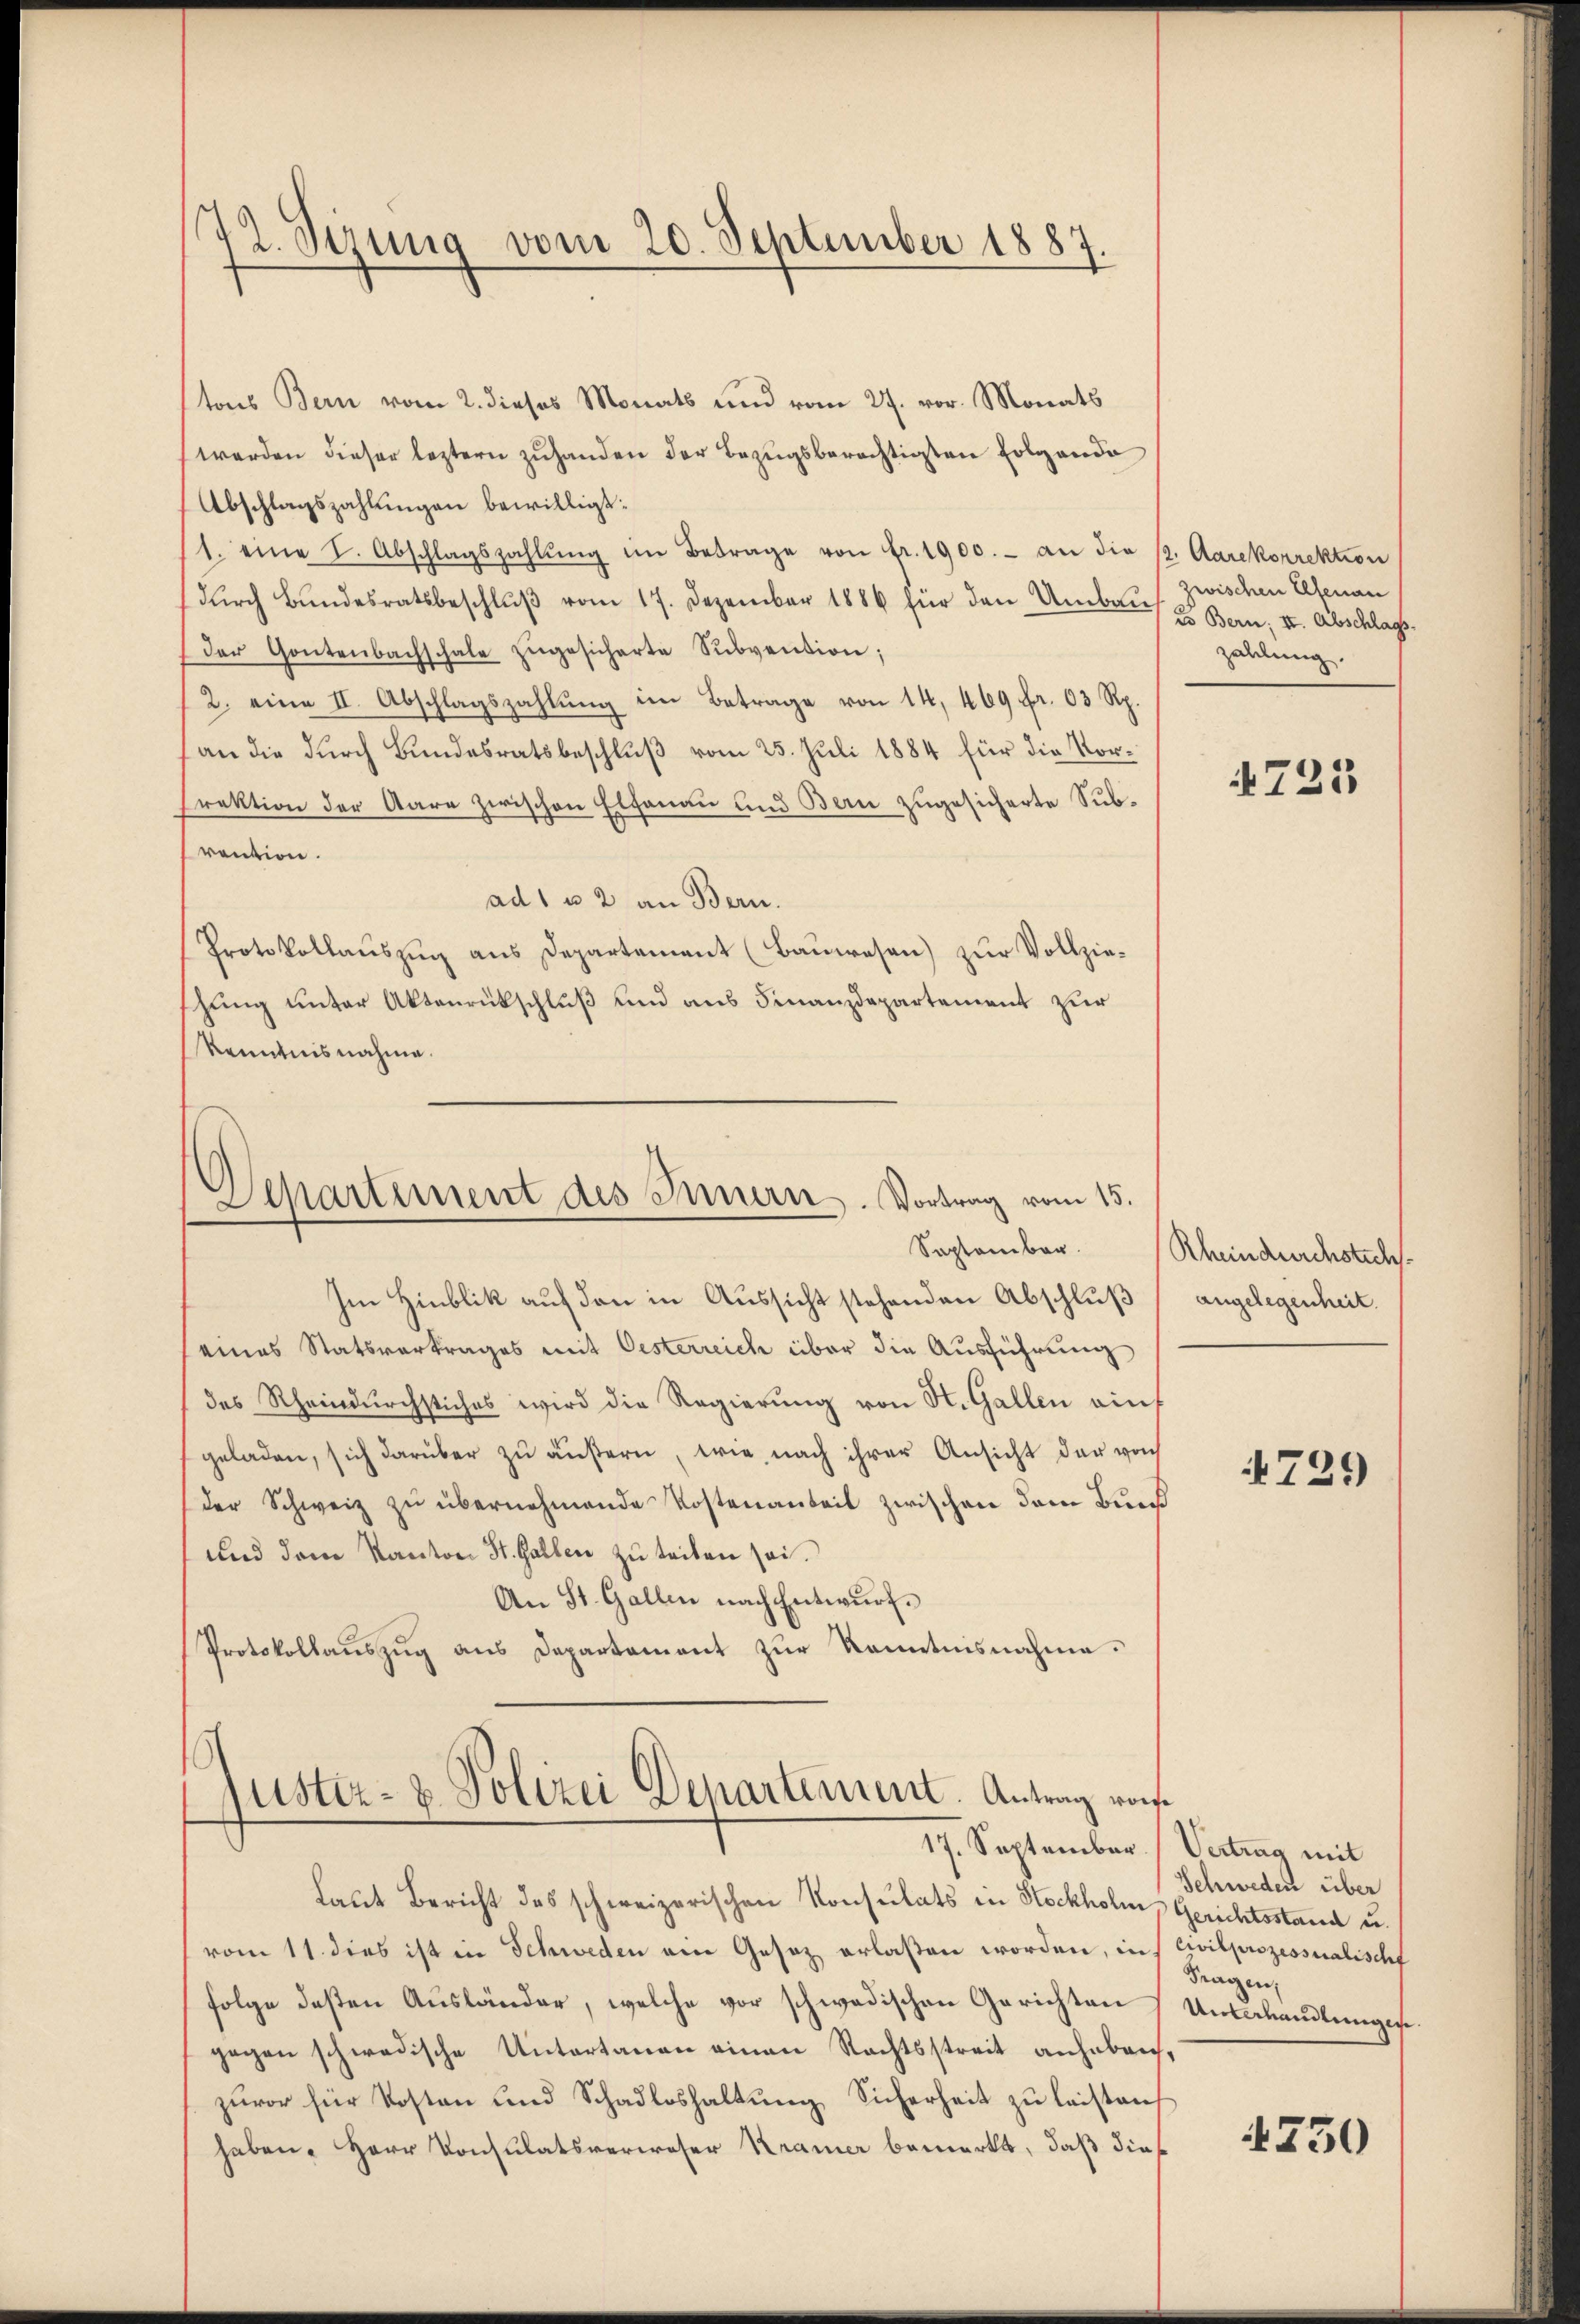
72. Sezung vom 20. September 1887.

tons Bern vom 2. dieses Monats und vom 27. vor. Monats
werden dieser leztern zuhanden der Bezugsberechtigten Folgende
Abschlagszahlungen bewilligt:
1. eine I. Abschlagszahlŭng im Betrage von Fr. 1900.- an die s. Aarekorrektion
dŭrch Bundesratsbeschlŭβ vom 17. Dezember 1886 für den Umbau
der Gontenbachschale zugesicherte Subvention;
2. eine II. Abschlagszahlŭng im Betrage von 14, 469 fr. 03 Rp.
(an die durch Bundesratsbeschluß vom 25. Juli 1884 für die Vor¬
Frektion der Aare zwischen Elhanau und Bern zugesicherte Subvention.
ad1 u 2 an Bern.
Protokollaŭszŭg ans Departement (Baŭwesen) zŭr Vollzie-
shung unter Aktenrückschluß und aus Finanzdepartement zur
Kenntnisnahme.

Separtement des Innern. Vortrag vom 15.

Im Hinblik auf den in Aussicht stehenden Abschluß
eines Statsvertrages mit Oesterreich über die Ausführung
des Rheindurchstiches wird die Regierung von St. Gallen auf
geladen, sich darüber zŭ äŭβern, wie nach ihrer Ansicht der von
der Schweiz zŭ übernehmende Kostenanteil zwischen dem Bun
und dem Kanton St. Gallen zu teilen sei.
An St. Gallen nach Entwurf.
Protokollauszug aus Departement zur Kenntnisnahme.

ustiz- & Polizei Departement. Antrag vors
17. September Vertrag mit

zwischen Elsenan
Es Bern; II. Abschlags-
zahlung.

Laut Bericht des schweizerischen Konsulats in Stockholm Gerichtsstand u.
vom 11. dies ist in Schweden am Gesetz erlaßen worden, in Civilprozessualischf
folge desten Ausländer, welche vor schwedischen Gerichten
gegen schwedische Untertanen einen Rechtsstreit anhebrich,
zuvor für Kosten und Schadloshaltung Sicherheit zu leistens
haben. Herr Konsulatsverweser Kramer bemerkt, daß dies

723

September. Rheindurchstichs.
angelegenheit.

4729)

Schweden über
Fragen,
Unterhandlungen.

1750